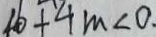
4 6 + 4 m < 0 .